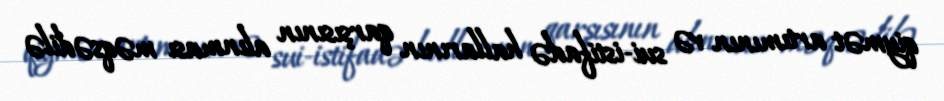
qiymət artımının və sui-istifadə hallarının qarşısının alınması məqsədilə